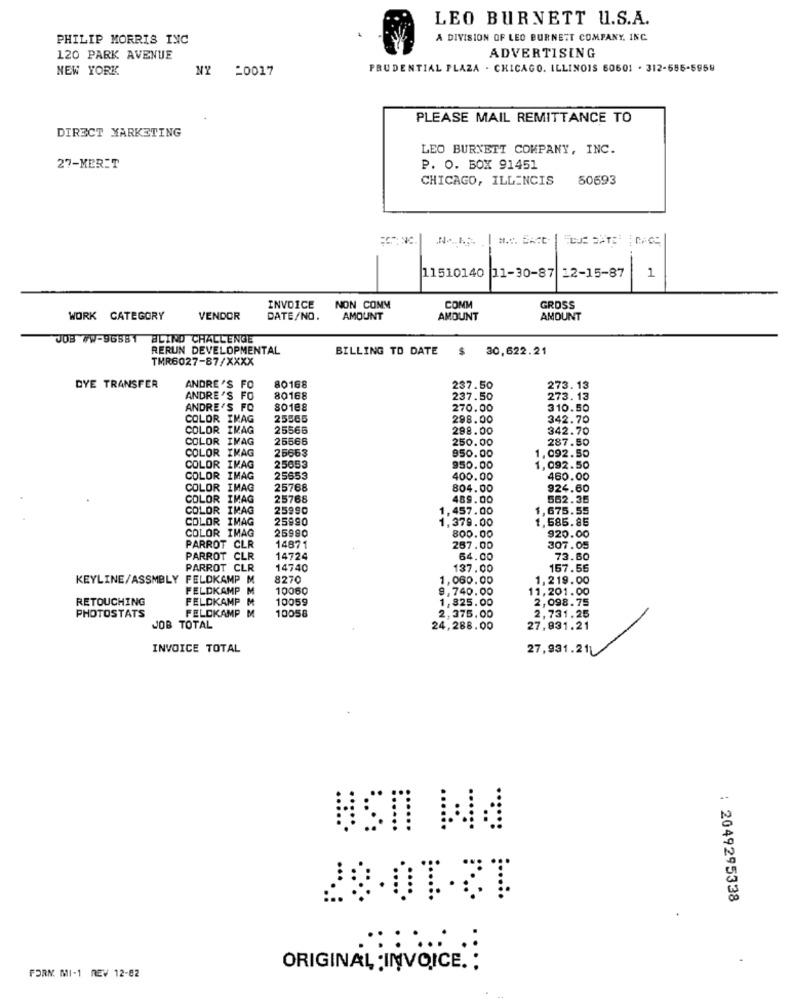
LEO BURNETT U.S.A.
PHILIP MORRIS INC
A DIVISION OF LEO BURNETT COMPANY, INC.
120 PARK AVENUE
ADVERTISING
NEW YORK
NY =0017
PRUDENTIAL PLAZA . CHICAGO. ILLINOIS 60601 . 312-566-5958
PLEASE MAIL REMITTANCE TO
DIRECT MARKETING
LEO BURNETT COMPANY, INC.
27-MERIT
P. O. BOX 91451
CHICAGO, ILLENCIS
50693
12-15-87
11510140
11-30-87
1
INVOICE
NON COMM
CONM
GROSS
WORK CATEGORY
VENDOR
DATE/NO.
AMOUNT
AMOUNT
AMOUNT
JOB WW-96581
ALIND CHALLENGE
RERUN DEVELOPMENTAL
BILLING TO DATE
$ 30,622.21
TMR6027-87/XXXX
DYE TRANSFER
ANDRE 'S FO
80168
237.50
273.13
ANDRE 'S FO
80168
237.50
273.13
ANDRE'S FO
80108
270.00
310.50
COLOR IMAG
25565
298.00
342.70
COLOR IMAG
25566
298.00
342.70
COLOR IMAG
25566
250.00
287.50
COLOR IMAG
950.00
1.092.50
26663
COLOR IMAG
25653
950.00
1,092.50
COLOR IMAG
25653
400.00
460.00
COLOR IMAG
25766
804.00
924.60
COLOR IMAG
25768
489.00
562.35
COLOR IMAG
25990
1,457.00
, 675.55
COLOR IMAG
25990
1,585.85
COLOR IMAG
25980
1,379.00
920.00
800.00
PARROT CLR
14871
267.00
307.05
PARROT CLR
14724
64.00
73.60
PARROT CLR
14740
137.00
157.55
KEYLINE/ASSMBLY FELDKAMP M
8270
1,060.00
1,219.00
FELDKAMP M
10060
9,740.00
11,201.00
RETOUCHING
FELDKAMP
10059
1,825.00
2,098.75
PHOTOSTATS
FELDKAMP M
10058
2,375.00
2,731.25
JOB TOTAL
24,288.00
27,931.21
INVOICE TOTAL
27,931.21
28-01-37
: 2049295338
.
FORN. MI-1 REV 12-82
ORIGINAL :INVOICE. :